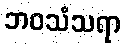
ဘဝသံသရာ